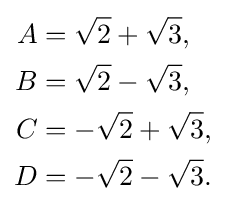
{\begin{aligned}A&={\sqrt {2}}+{\sqrt {3}},\\B&={\sqrt {2}}-{\sqrt {3}},\\C&=-{\sqrt {2}}+{\sqrt {3}},\\D&=-{\sqrt {2}}-{\sqrt {3}}.\end{aligned}}